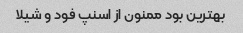
بهترین بود ممنون از اسنپ فود و شیلا